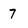
Character: 7